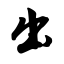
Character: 出